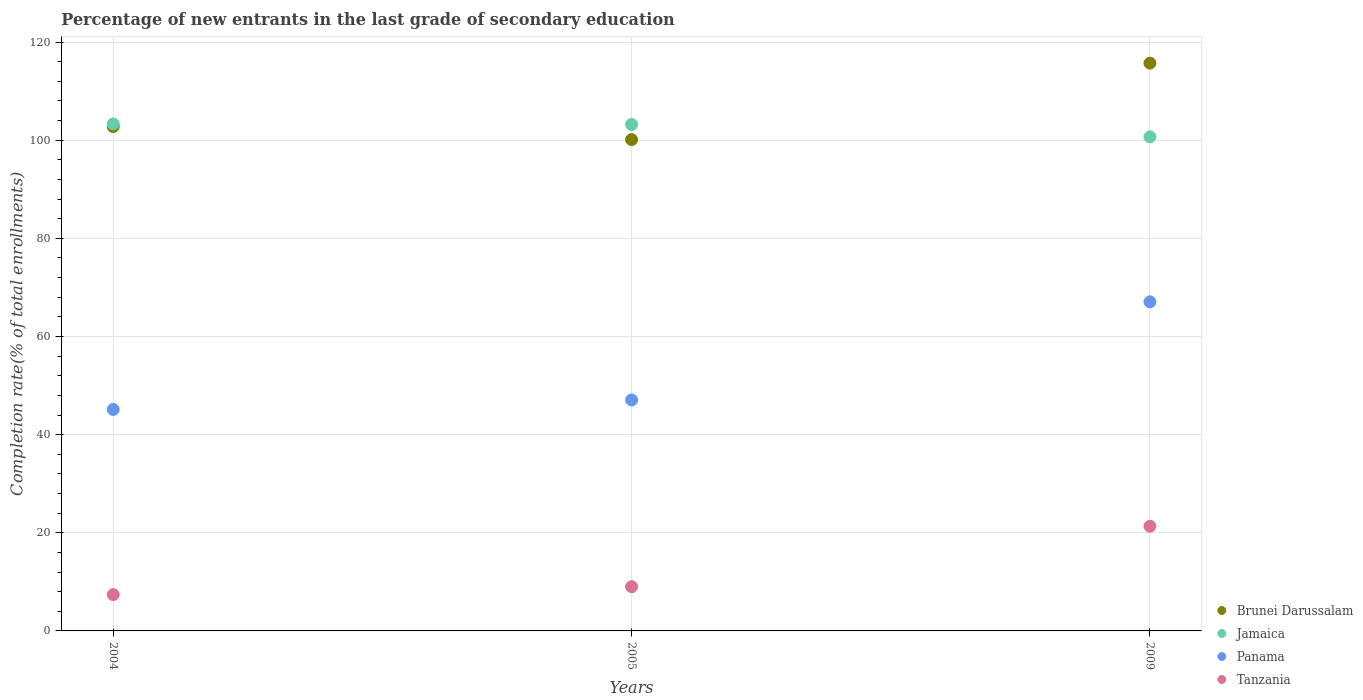
| Years | Brunei Darussalam | Jamaica | Panama | Tanzania |
 | --- | --- | --- | --- | --- |
 | 2004 | 103 | 103 | 45.1 | 7.4 |
 | 2005 | 100 | 103 | 47.1 | 9.02 |
 | 2009 | 116 | 101 | 67.1 | 21.3 |